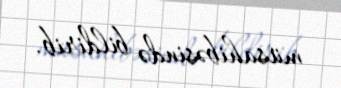
müsahibəsində bildirib.